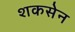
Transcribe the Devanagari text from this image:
शकसेन